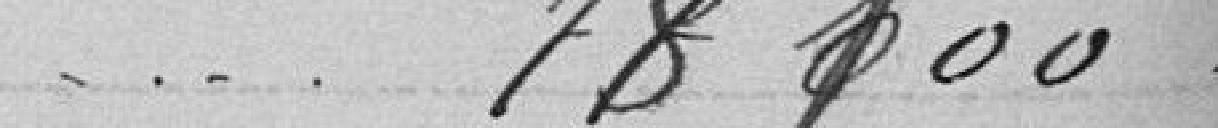
- - - - 78 100